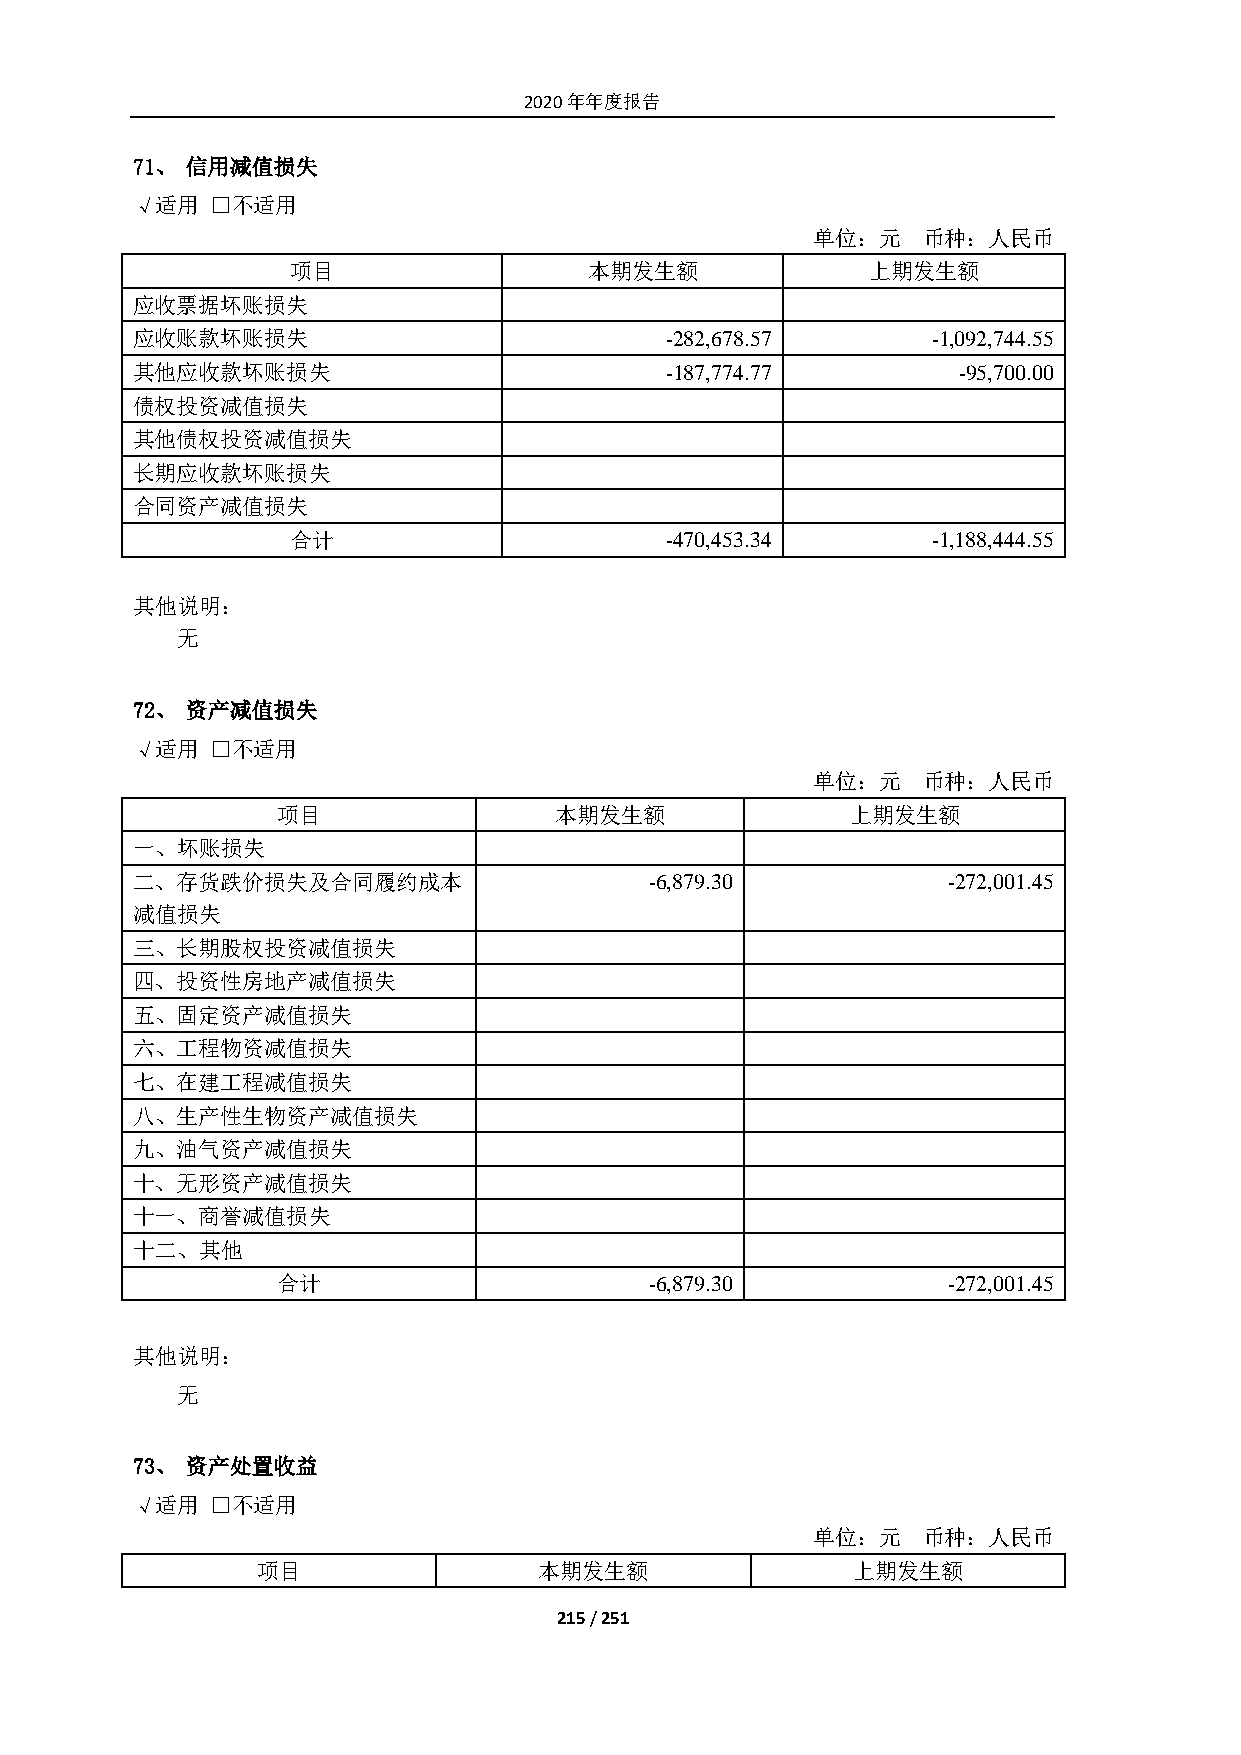
2020年年度报告
 71、 信用减值损失
 √适用  □不适用
 单位：元   币种：人民币
 项目                  本期发生额             上期发生额
 应收票据坏账损失
 应收账款坏账损失                           -282,678.57       -1,092,744.55
 其他应收款坏账损失                          -187,774.77        -95,700.00
 债权投资减值损失
 其他债权投资减值损失
 长期应收款坏账损失
 合同资产减值损失
 合计                       -470,453.34       -1,188,444.55
 其他说明：
 无
 72、 资产减值损失
 √适用  □不适用
 单位：元   币种：人民币
 项目                 本期发生额              上期发生额
 一、坏账损失
 二、存货跌价损失及合同履约成本                   -6,879.30           -272,001.45
 减值损失
 三、长期股权投资减值损失
 四、投资性房地产减值损失
 五、固定资产减值损失
 六、工程物资减值损失
 七、在建工程减值损失
 八、生产性生物资产减值损失
 九、油气资产减值损失
 十、无形资产减值损失
 十一、商誉减值损失
 十二、其他
 合计                       -6,879.30           -272,001.45
 其他说明：
 无
 73、 资产处置收益
 √适用  □不适用
 单位：元   币种：人民币
 项目                 本期发生额               上期发生额
 215 / 251